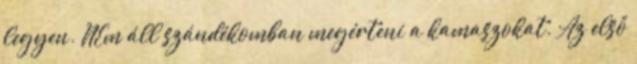
legyen. NEm áll szándékomban megérteni a kamaszokat. Az első